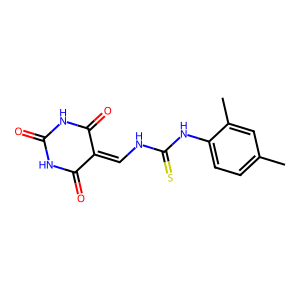
SMILES: Cc1ccc(NC(=S)NC=C2C(=O)NC(=O)NC2=O)c(C)c1
Inhibits HIV replication: No